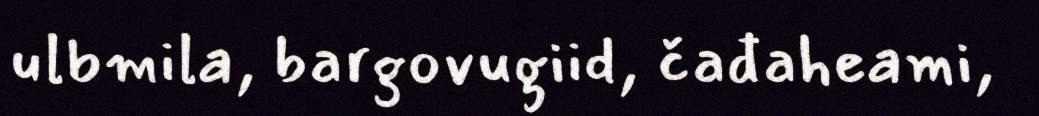
ulbmila, bargovugiid, čađaheami,